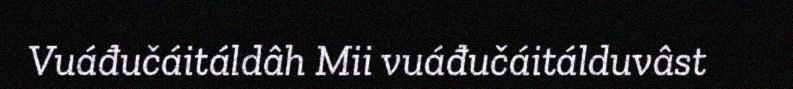
Vuáđučáitáldâh Mii vuáđučáitálduvâst